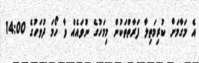
އެ މަގާމަށް ކުރިމަތިލާ ފަރާތްތަކުން މިމަހުގެ ނުވައެއް ވާ ހޯމަ ދުވަހުގެ 14:00